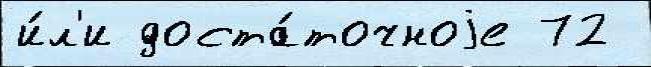
и́л'и доста́точноjе 72